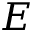
E